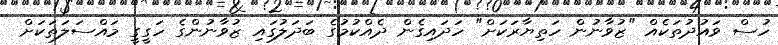
ހުސް ވައުދުތަކެއް "ޒުވާނުން ހަތިޔާރަކަށް" ހަދައިގެން ދެއްކުމުގެ ބަދަލުގައި ޒުވާނުންގެ ހަގީގީ މައްސަލަތަކަށް